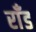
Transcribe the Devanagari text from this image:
राँड